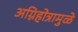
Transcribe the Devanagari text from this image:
अग्निहोत्रामुळे